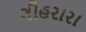
ગૌહરારા